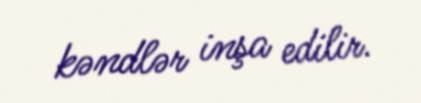
kəndlər inşa edilir.